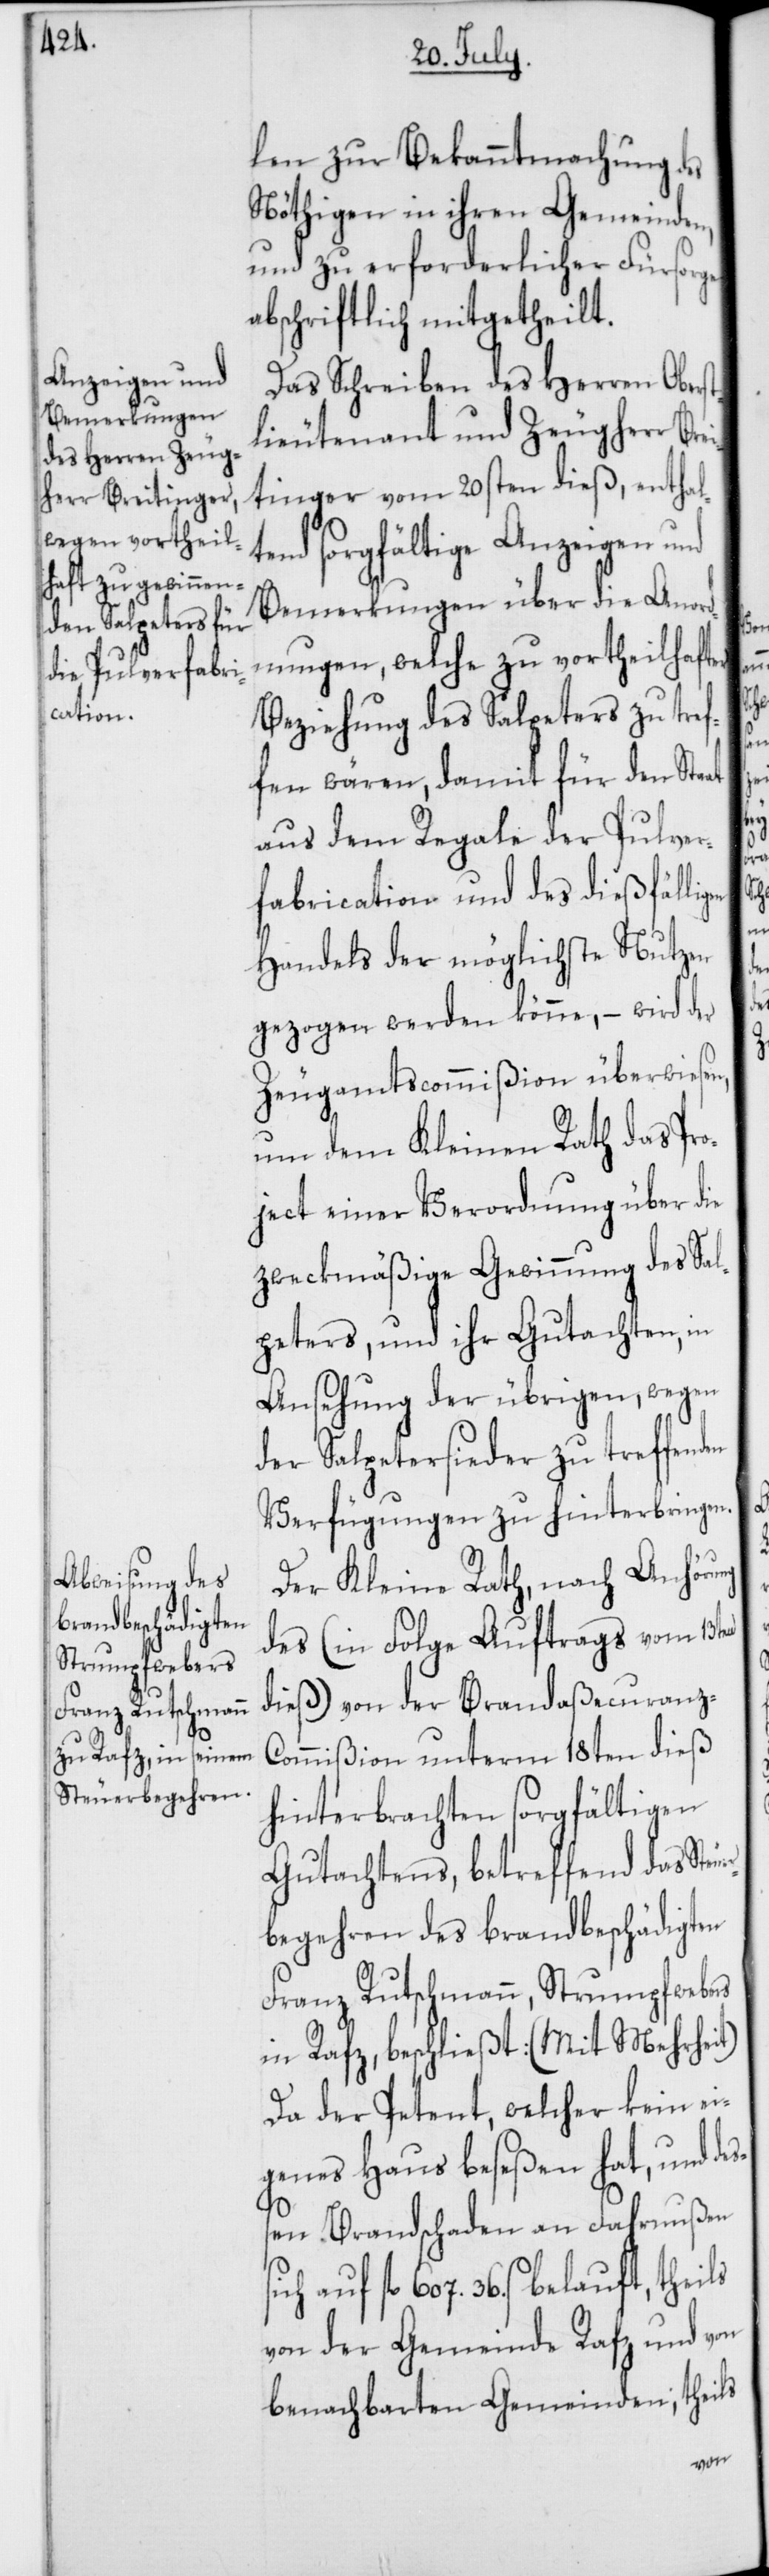
t)

len zur Bekanntmachung des
Nöthigen in ihren Gemeinden,
und zu erforderlicher Fürsorge
abschriftlich mitgetheilt.
Das Schreiben des Herren Oberst¬
lieutenant und Zeugherr Brei¬
tinger vom 20sten dieß, enthal¬
tend sorgfältige Anzeigen und
Bemerkungen über die Anor¬
dnungen, welche zu vortheilhafter
Beziehung des Salpeters zu tref¬
fen wären, damit für den Sta¬
aus dem Regale der Pulver¬
fabrication und des dießfällig¬
Handels der möglichste Nutzen
gezogen werden könne, – wird der
Zeugamtscommißion überwiesen,
um dem Kleinen Rath das Pro¬
ject einer Verordnung über die
zweckmäßige Gewinnung des Sal¬
peters, und ihr Gutachten, in
Ansehung der übrigen, wegen
der Salpetersieder zu treffend¬
Verfügungen zu hinterbringen.
Der Kleine Rath, nach Anhörung
des (in Folge Auftrags vom 13ten
dieß) von der Brandaßecuranz-C¬
ommißion unterm 18ten dieß
hinterbrachten sorgfältigen
Gutachtens, betreffend das Ste¬
begehren des brandbeschädigten
Franz Rutschmann, Strumpfwebers
in Rafz, beschließt: (Mit Mehrhei¬
Da der Petent, welcher kein ei¬
genes Haus beseßen hat, und de¬
ßen Brandschaden an Fahrnußen
auf fl. 607. 36. s belauft, theils
von der Gemeinde Rafz und von
benachbarten Gemeinden; theils